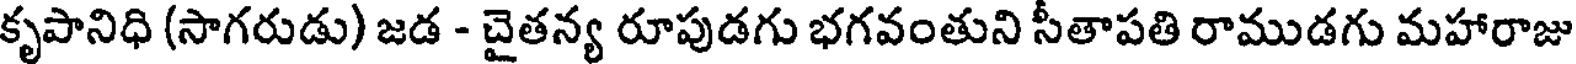
కృపానిధి (సాగరుడు) జడ - చైతన్య రూపుడగు భగవంతుని సీతాపతి రాముడగు మహారాజు